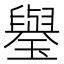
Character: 𤪐